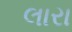
લારા